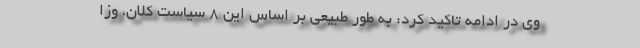
وی در ادامه تاکید کرد: به طور طبیعی بر اساس این ۸ سیاست کلان، وزا